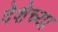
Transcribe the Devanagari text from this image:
देशेच्या